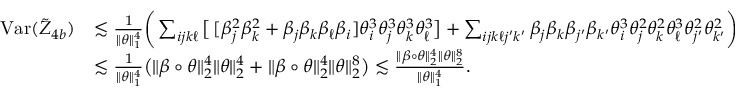
\begin{array} { r l } { \mathrm { V a r } ( \tilde { Z } _ { 4 b } ) } & { \lesssim \frac { 1 } { \| \theta \| _ { 1 } ^ { 4 } } \bigg ( \sum _ { i j k \ell } \big [ \, [ \beta _ { j } ^ { 2 } \beta _ { k } ^ { 2 } + \beta _ { j } \beta _ { k } \beta _ { \ell } \beta _ { i } ] \theta _ { i } ^ { 3 } \theta _ { j } ^ { 3 } \theta _ { k } ^ { 3 } \theta _ { \ell } ^ { 3 } \big ] + \sum _ { i j k \ell j ^ { \prime } k ^ { \prime } } \beta _ { j } \beta _ { k } \beta _ { j ^ { \prime } } \beta _ { k ^ { \prime } } \theta _ { i } ^ { 3 } \theta _ { j } ^ { 2 } \theta _ { k } ^ { 2 } \theta _ { \ell } ^ { 3 } \theta _ { j ^ { \prime } } ^ { 2 } \theta _ { k ^ { \prime } } ^ { 2 } \bigg ) } \\ & { \lesssim \frac { 1 } { \| \theta \| _ { 1 } ^ { 4 } } \big ( \| \beta \circ \theta \| _ { 2 } ^ { 4 } \| \theta \| _ { 2 } ^ { 4 } + \| \beta \circ \theta \| _ { 2 } ^ { 4 } \| \theta \| _ { 2 } ^ { 8 } \big ) \lesssim \frac { \| \beta \circ \theta \| _ { 2 } ^ { 4 } \| \theta \| _ { 2 } ^ { 8 } } { \| \theta \| _ { 1 } ^ { 4 } } . } \end{array}